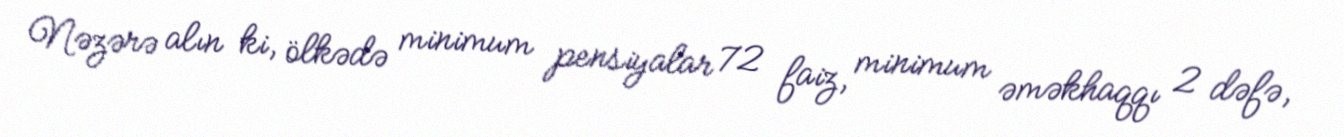
Nəzərə alın ki, ölkədə minimum pensiyalar 72 faiz, minimum əməkhaqqı 2 dəfə,